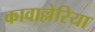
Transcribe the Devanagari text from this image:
कावाल्लेरिया